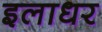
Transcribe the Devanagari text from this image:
इलाधर